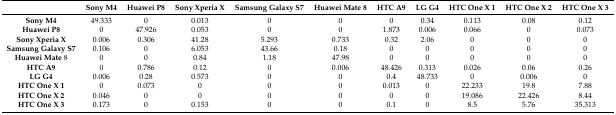
<table><thead><tr><td></td><td><b>Sony M4</b></td><td><b>Huawei P8</b></td><td><b>Sony Xperia X</b></td><td><b>Samsung Galaxy S7</b></td><td><b>Huawei Mate 8</b></td><td><b>HTC A9</b></td><td><b>LG G4</b></td><td><b>HTC One X 1</b></td><td><b>HTC One X 2</b></td><td><b>HTC One X 3</b></td></tr></thead><tbody><tr><td><b>Sony M4</b></td><td>49.333</td><td>0</td><td>0.013</td><td>0</td><td>0</td><td>0</td><td>0.34</td><td>0.113</td><td>0.08</td><td>0.12</td></tr><tr><td><b>Huawei P8</b></td><td>0</td><td>47.926</td><td>0.053</td><td>0</td><td>0</td><td>1.873</td><td>0.006</td><td>0.066</td><td>0</td><td>0.073</td></tr><tr><td><b>Sony Xperia X</b></td><td>0.006</td><td>0.306</td><td>41.28</td><td>5.293</td><td>0.733</td><td>0.32</td><td>2.06</td><td>0</td><td>0</td><td>0</td></tr><tr><td><b>Samsung Galaxy S7</b></td><td>0.106</td><td>0</td><td>6.053</td><td>43.66</td><td>0.18</td><td>0</td><td>0</td><td>0</td><td>0</td><td>0</td></tr><tr><td><b>Huawei Mate</b> 8</td><td>0</td><td>0</td><td>0.84</td><td>1.18</td><td>47.98</td><td>0</td><td>0</td><td>0</td><td>0</td><td>0</td></tr><tr><td><b>HTC A9</b></td><td>0</td><td>0.786</td><td>0.12</td><td>0</td><td>0.006</td><td>48.426</td><td>0.313</td><td>0.026</td><td>0.06</td><td>0.26</td></tr><tr><td><b>LG G4</b></td><td>0.006</td><td>0.28</td><td>0.573</td><td>0</td><td>0</td><td>0.4</td><td>48.733</td><td>0</td><td>0.006</td><td>0</td></tr><tr><td><b>HTC One X 1</b></td><td>0</td><td>0.073</td><td>0</td><td>0</td><td>0</td><td>0.013</td><td>0</td><td>22.233</td><td>19.8</td><td>7.88</td></tr><tr><td><b>HTC One X 2</b></td><td>0.046</td><td>0</td><td>0</td><td>0</td><td>0</td><td>0</td><td>0</td><td>19.086</td><td>22.426</td><td>8.44</td></tr><tr><td><b>HTC One X 3</b></td><td>0.173</td><td>0</td><td>0.153</td><td>0</td><td>0</td><td>0.1</td><td>0</td><td>8.5</td><td>5.76</td><td>35.313</td></tr></tbody></table>